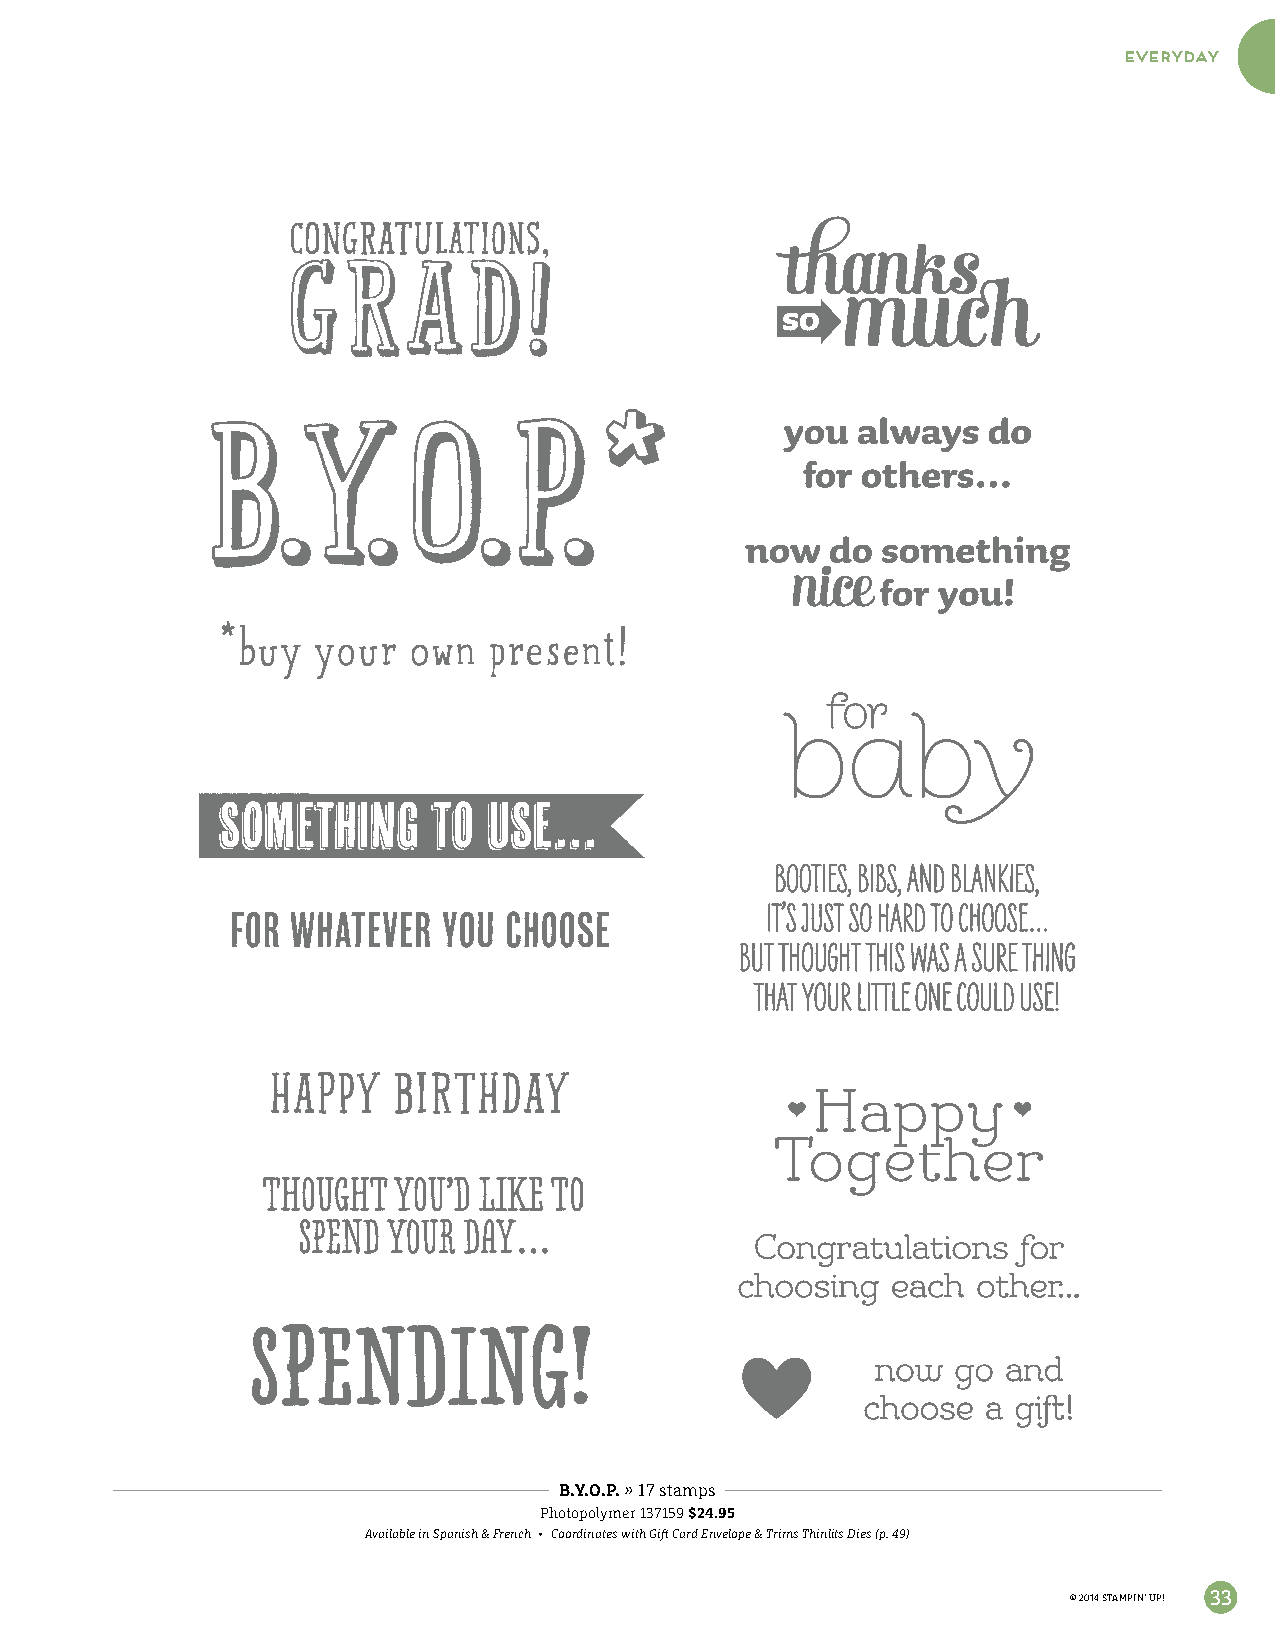
everyday
 B.Y.O.P. » 17 stamps
 Photopolymer 137159 $24.95
 Available in Spanish & French ∙ Coordinates with Gift Card Envelope & Trims Thinlits Dies (p. 49)
 © 2014 STAMPIN’ UP! 33